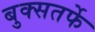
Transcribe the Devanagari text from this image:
बुक्सतर्फे